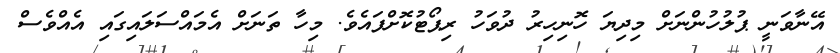
އޭނާވަނީ ޕުލުހުންނަށް މިދިޔަ ހޮނިހިރު ދުވަހު ރިޕޯޓުކޮށްފައެވެ. މިހާ ތަނަށް އެމައްސަލައިގައި އެއްވެސް